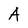
Character: A